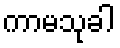
ကာမသုခါ